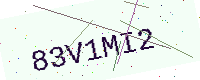
Text: 83V1MI2